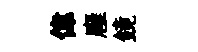
偉廱鏡